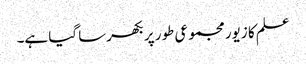
علم کا زیور مجموعی طور پر بکھرسا گیا ہے۔